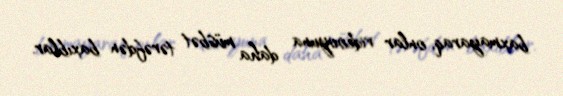
baxmayaraq, onlar videooyuna daha müsbət tərəfdən baxıblar.